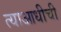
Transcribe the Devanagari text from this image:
त्याआधीची